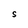
Character: S